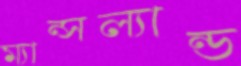
ম্যান্সল্যান্ড